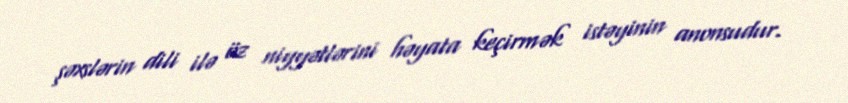
şəxslərin dili ilə öz niyyətlərini həyata keçirmək istəyinin anonsudur.